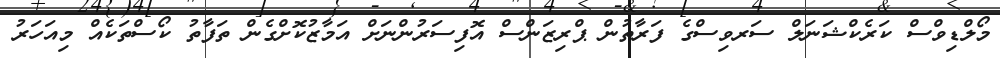
މޯލްޑިވްސް ކަރެކްޝަނަލް ސަރވިސްގެ ފަރާތުން ޕްރިޒަންސް އޮފިސަރުންނަށް އަމާޒުކޮށްގެން ތަފާތު ކޯސްތަކެއް މިއަހަރު